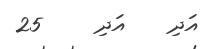
އަދި    އަދި     25